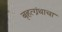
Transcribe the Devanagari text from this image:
बृहत्ग्रंथाचा